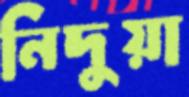
নিদুয়া